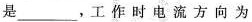
是___，工作时电流方向为